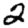
Digit: 2